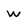
Character: W